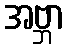
အဗ္ဘာ